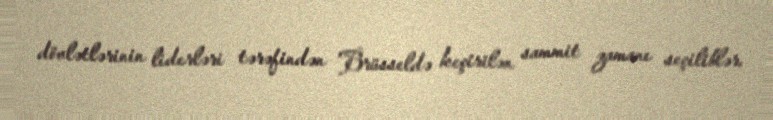
dövlətlərinin liderləri tərəfindən Brüsseldə keçirilən sammit zamanı seçiliblər.